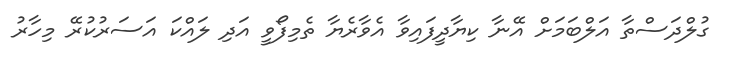
ގުލްދަސްތާ އަލްބަމަށް އޭނާ ކިޔާދީފައިވާ އެވާރެޔާ ތެމިފޯވީ އަދި ލައްކަ އަސަރުކުރޭ މިހާރު